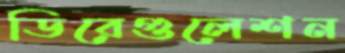
ডিরেগুলেশন